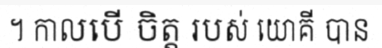
។ កាលបើ ចិត្ត របស់ យោគី បាន